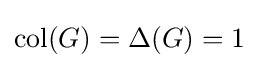
\operatorname {col} (G)=\Delta (G)=1